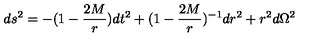
d s ^ { 2 } = - ( 1 - { \frac { 2 M } { r } } ) d t ^ { 2 } + ( 1 - { \frac { 2 M } { r } } ) ^ { - 1 } d r ^ { 2 } + r ^ { 2 } d \Omega ^ { 2 }